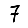
Digit: 7